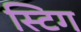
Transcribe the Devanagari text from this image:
स्टिग